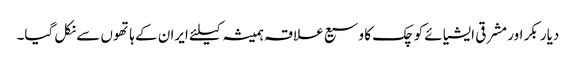
دیار بکر اور مشرقی ایشیائے کوچک کا وسیع علاقہ ہمیشہ کیلئے ایران کے ہاتھوں سے نکل گیا۔